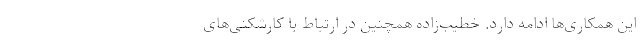
این همکاری‌ها ادامه دارد. خطیب‌زاده همچنین در ارتباط با کارشکنی‌های